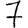
Digit: 7